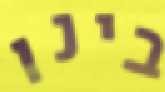
בינו